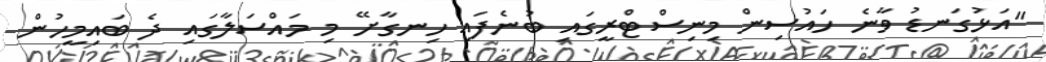
"އަޅުގަނޑު ވާނެ ހައުސިން މިނިސްޓްރީގައި ބުނެފައި ހިނގާށޭ މި މައްސަލާގައި ދެ ބައިމީހުން